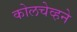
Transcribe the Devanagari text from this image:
कोलचेव्हने